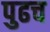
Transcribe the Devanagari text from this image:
पुढच